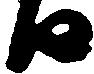
日